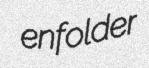
enfolder